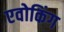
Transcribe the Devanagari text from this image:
एवोकिंग